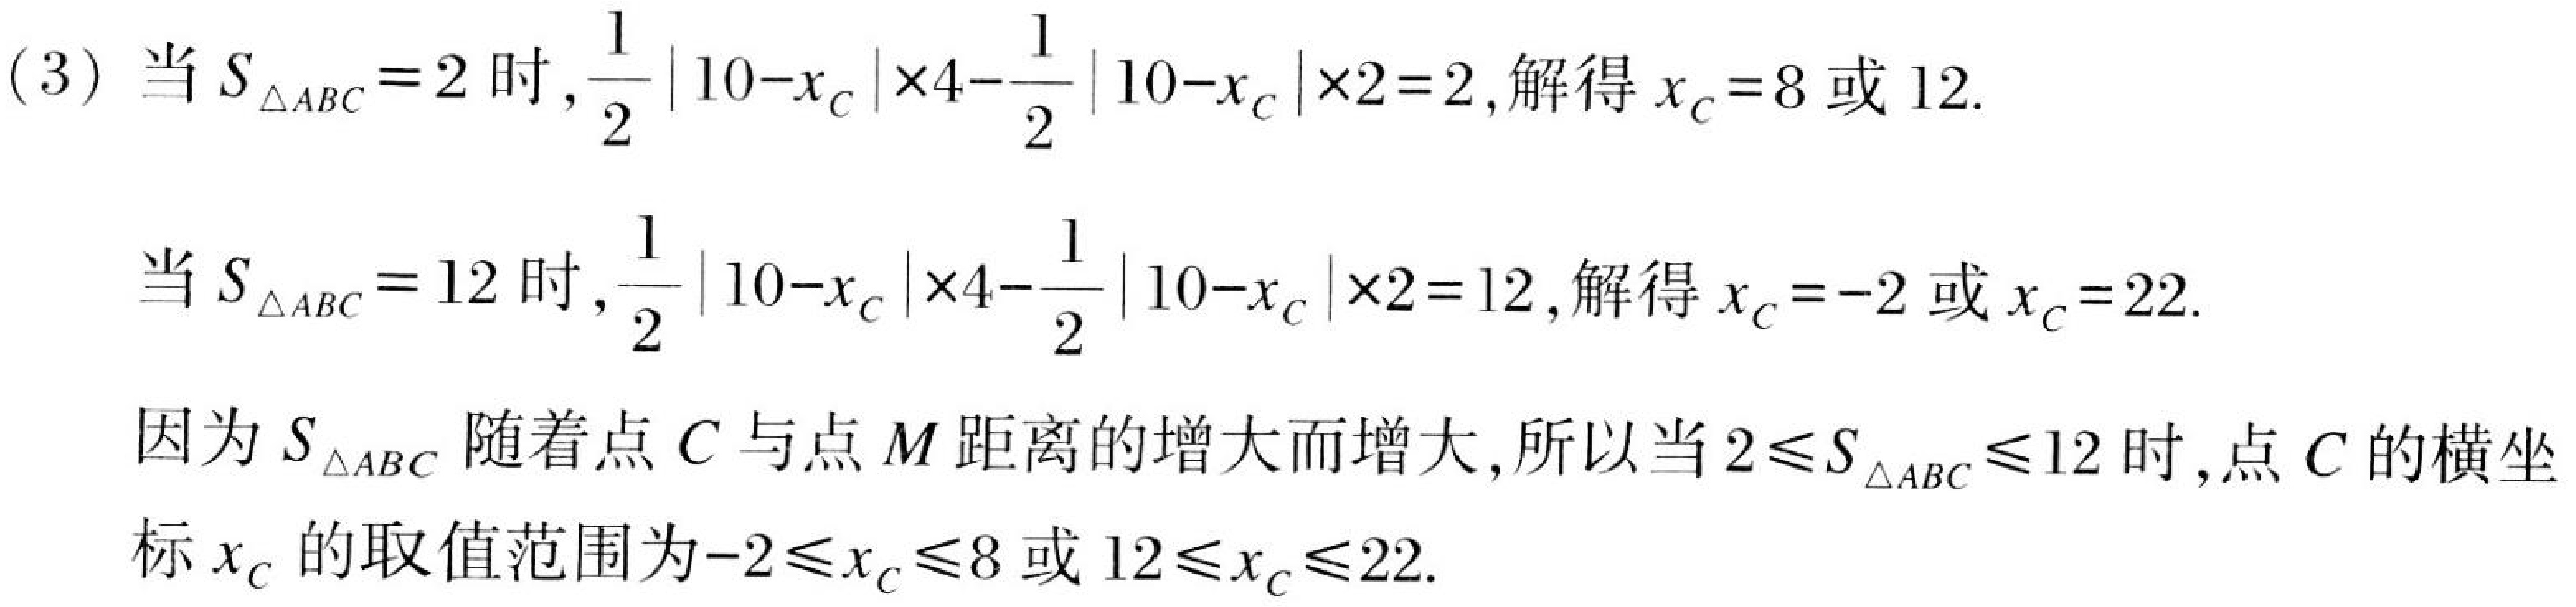
(3) 当 \(S_{\triangle ABC}=2\) 时,\(\frac{1}{2}|10 - x_{C}|\times4-\frac{1}{2}|10 - x_{C}|\times2 = 2\),解得 \(x_{C}=8\) 或 \(12\).
当 \(S_{\triangle ABC}=12\) 时,\(\frac{1}{2}|10 - x_{C}|\times4-\frac{1}{2}|10 - x_{C}|\times2 = 12\),解得 \(x_{C}=-2\) 或 \(x_{C}=22\).
因为 \(S_{\triangle ABC}\) 随着点 \(C\) 与点 \(M\) 距离的增大而增大,所以当 \(2\leqslant S_{\triangle ABC}\leqslant12\) 时,点 \(C\) 的横坐标 \(x_{C}\) 的取值范围为\(-2\leqslant x_{C}\leqslant8\) 或 \(12\leqslant x_{C}\leqslant22\).